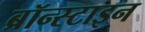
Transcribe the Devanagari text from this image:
ब्रॉन्स्टाइन